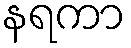
နရကာ